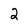
Character: 2